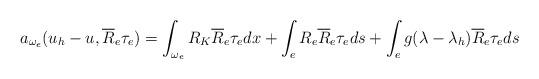
LaTeX: \begin{align*}a_{\omega_e}(u_h-u,\overline{R}_e \tau_e)&= \int_{\omega_e} R_K\overline{R}_e \tau_e dx+ \int_{e} R_e\overline{R}_e \tau_e ds + \int_{e} g(\lambda- \lambda_h)\overline{R}_e \tau_e ds\end{align*}